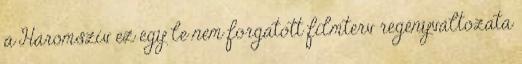
a Háromszív ez egy le nem forgatott filmterv regényváltozata